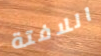
اللافتة